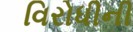
વિરોધીની